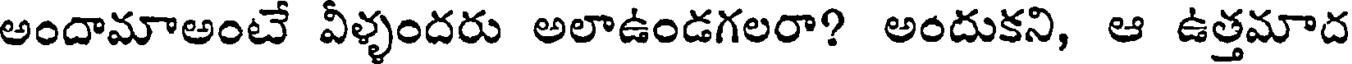
అందామాఅంటే వీళ్ళందరు అలాఉండగలరా? అందుకని, ఆ ఉత్తమాద